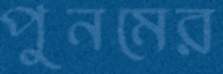
পুনমের